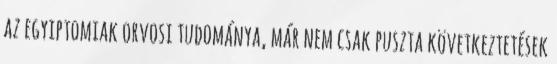
az egyiptomiak orvosi tudománya, már nem csak puszta következtetések